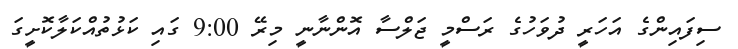
ސިފައިންގެ އަހަރީ ދުވަހުގެ ރަސްމީ ޖަލްސާ އޮންނާނީ މިރޭ 9:00 ގައި ކަޅުތުއްކަލާކޮށީގަ